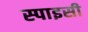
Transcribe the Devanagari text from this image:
स्‍पाइसी